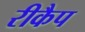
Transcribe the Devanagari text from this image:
रीकैप